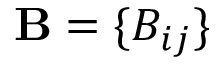
\mathbf { B } = \{ B _ { i j } \}